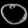
Digit: ၀